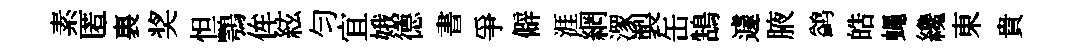
素匿裏奖怛鶚侔絃匀宜娥德書爭僻涯網潈製缶鵠遽腋鹢皓蠅纔東貴